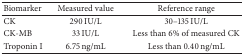
| Biomarker | Measured value | Reference range |
 | --- | --- | --- |
 | CK | 290 IU/L | 30–135 IU/L |
 | CK-MB | 33 IU/L | Less than 6% of measured CK |
 | Troponin I | 6.75 ng/mL | Less than 0.40 ng/mL |